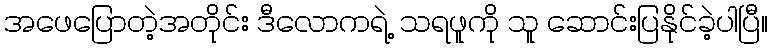
အဖေပြောတဲ့အတိုင်း ဒီလောကရဲ့ သရဖူကို သူ ဆောင်းပြနိုင်ခဲ့ပါပြီ။